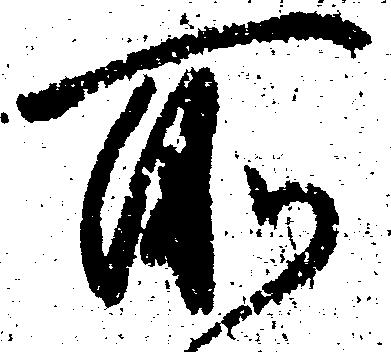
所